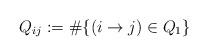
LaTeX: \begin{align*} Q_{ij}:=\#\{ (i\to j)\in Q_{1}\}\end{align*}